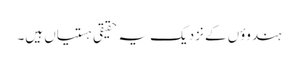
ہندوؤں کے نزدیک یہ حقیقی ہستیاں ہیں۔